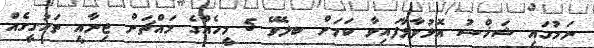
ނަމުގައި ޝަޚްސު އޮޅުވާލާފައިވާ ކަމަށް ބލެވޭ 5 މީހެއްގެ މައްޗަށް ޖިނާއީ ތަހުގީގެއް